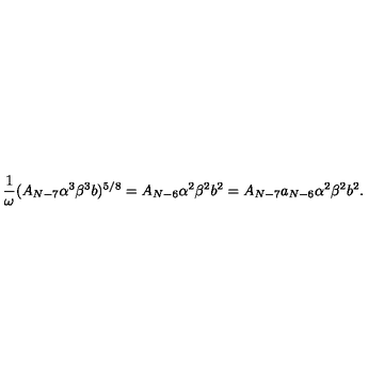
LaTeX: \frac { 1 } { \omega } ( A _ { N - 7 } \alpha ^ { 3 } \beta ^ { 3 } b ) ^ { 5 / 8 } = A _ { N - 6 } \alpha ^ { 2 } \beta ^ { 2 } b ^ { 2 } = A _ { N - 7 } a _ { N - 6 } \alpha ^ { 2 } \beta ^ { 2 } b ^ { 2 } .